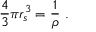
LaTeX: { \frac { 4 } { 3 } } \pi r _ { s } ^ { 3 } = { \frac { 1 } { \rho } } \ .